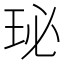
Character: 珌